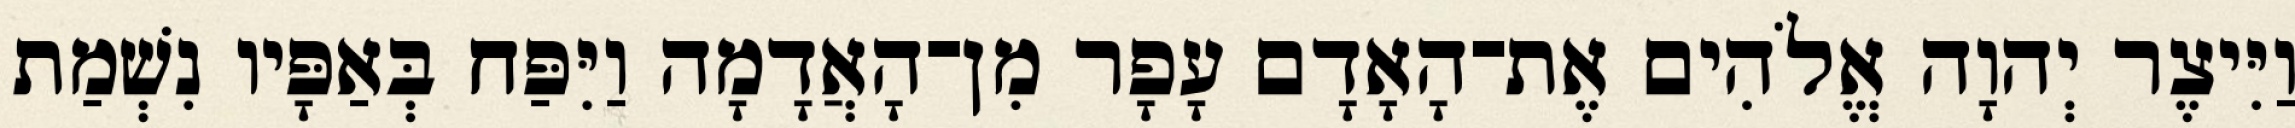
וַיִּיצֶר יְהוָה אֱלֹהִים אֶת־הָאָדָם עָפָר מִן־הָאֲדָמָה וַיִּפַּח בְּאַפָּיו נִשְׁמַת